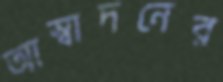
আস্বাদনের